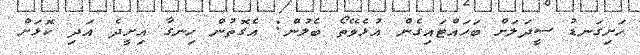
ހަށިގަނޑު ސީދަލަށް ބަހައްޓައިގެން އުޅެވޭތޯ ބެލުން: އެގޮތުން ހިނގާ އިށީދެ އަދި ކޮޅަށް